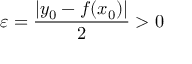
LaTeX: \varepsilon = { \frac { | y _ { 0 } - f ( x _ { 0 } ) | } { 2 } } > 0